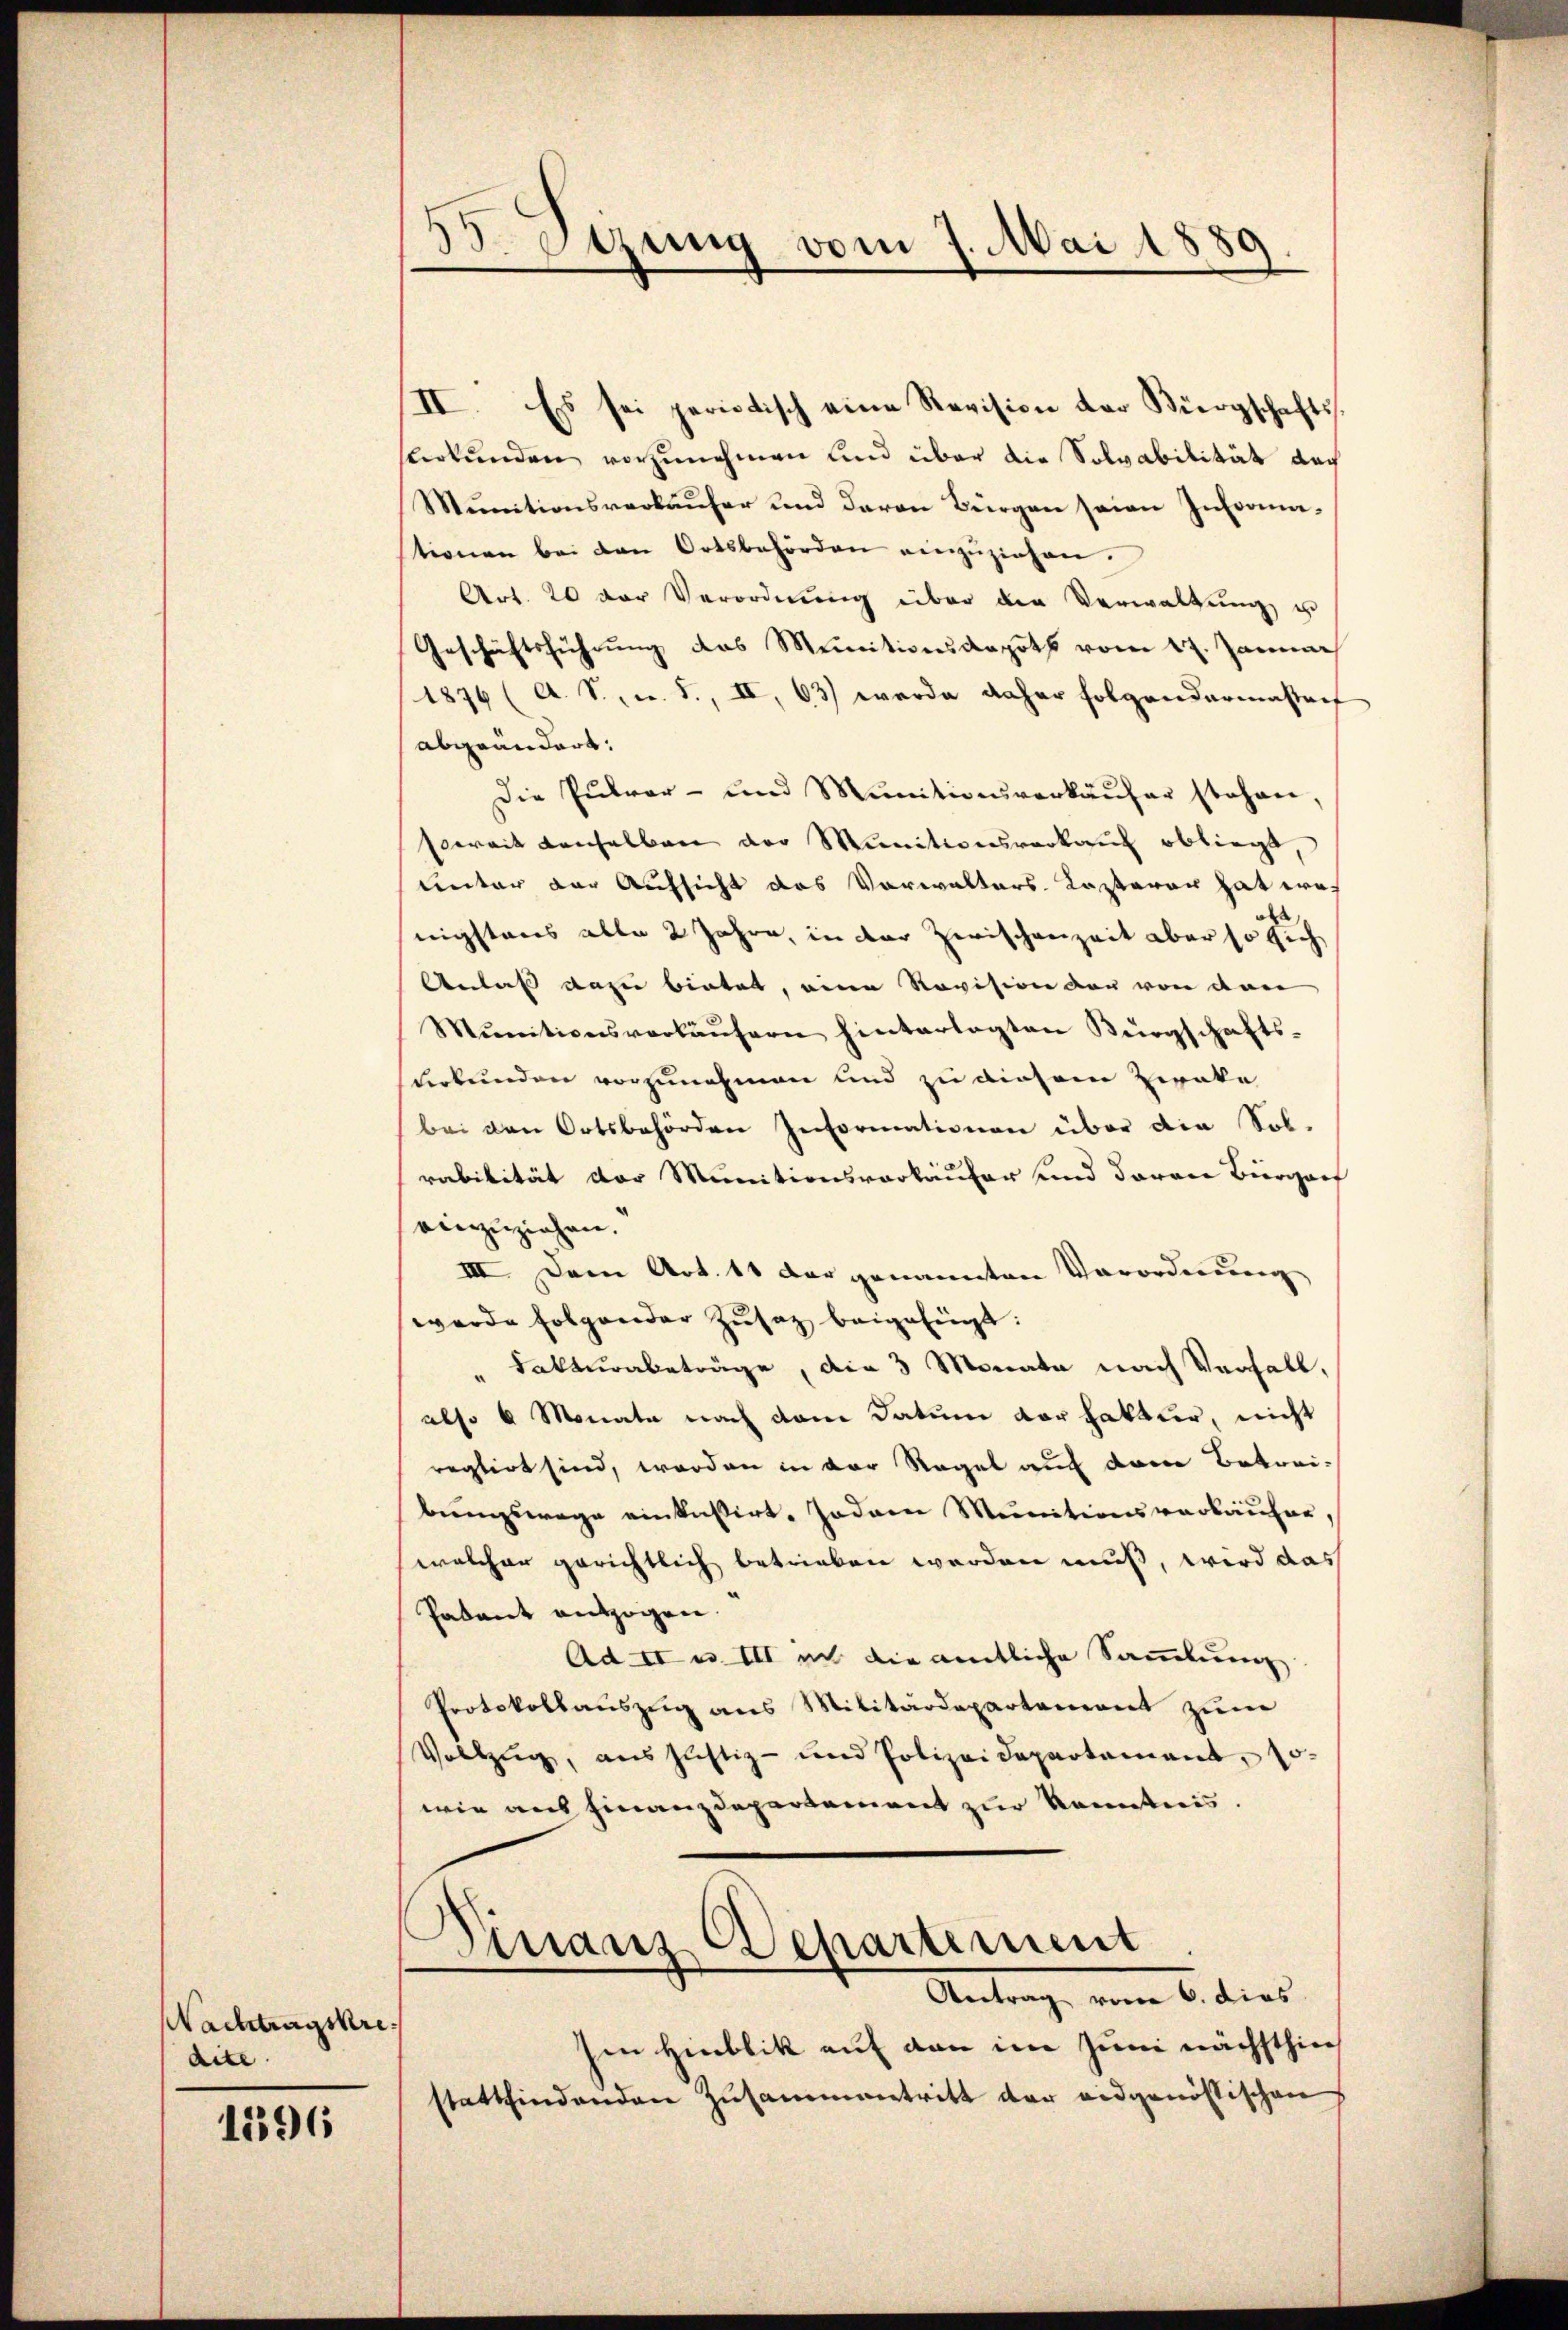
Nachtragskredite

1596

55. Sizung vom 7. Mai 1889

II. Es sei periotisch eine Revision der Bürgschaftssurkunden vorzunehmen und über die Solvabilität nach
Mŭnitionsverkaŭfer und deren Bürgen seien Informa-
tionen bei den Ortsbehörden einzuziehen.
Art. 20 der Verordnŭng über den Verwaltŭng u
Geschäftsführung des Munitionskapots vom 17. Januar
1876 (A. S. m. S., II, 63) werde daher folgendermassref
abgeändert:
Die Pulver- und Munitionsverkäŭfer stehen,
soweit denselben der Munitionsverkauf obliegt
unter der Aufsicht das Vorwalters Kasterer hat woh
nigsteres alle 2 Jahre, in der Zwischenzeit aber so sich
Anlaß dazu bietet, eine Revision der von den
Mŭnitionsverkäŭfern hinterlagten Bürgschafts-
derkunden vorzunehmen und zu diesem Zweke
bei den Ortsbehörden Informationen über die Sob-
rabilität der Munitionsverkäufer und daran Bürgerf
einzuziehen.
III. Dem Art. 11 der genannten Verordnung
werde folgender Zŭsatz beigefügt:
Fakturbeträge, die 3 Monata nach Verfall,
also 6 Monate nach dem Datum vor hatter, nicht
reglirt sind, worden in der Regel auf dem Betreibungswege einkassirt, sodann Munitionsverkäufer,
welcher gerichtlich betrieben werden muß, wird das
Padant entzogen.
Ad II u. III ach die amtliche Sammlung.
Protokollauszug aus Militärdepartement zum
Vollzug, aus Justiz- und Polizeidepartement, so
wie aus Finanzdepartement zur Kenntnis.
Finanz Departement
Antrag vom 6. dies
Ien Hinblik auf den im Juni nächsthie
stattfindenden Zusammentritt der eidgenössischen